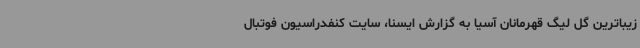
زیباترین گل لیگ قهرمانان آسیا به گزارش ایسنا، سایت کنفدراسیون فوتبال